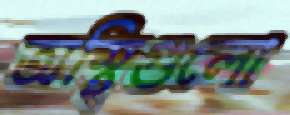
অস্থিগুলো